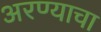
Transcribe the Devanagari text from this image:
अरण्याचा